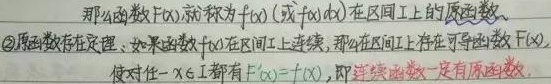
那么函数 \(F(x)\) 就称为 \(f(x)\)（或 \(f(x)dx\)）在区间 \(I\) 上的原函数。\textcircled{2} 原函数存在定理. 如果函数 \(f(x)\) 在区间 \(I\) 上连续，那么在区间 \(I\) 上存在可导函数 \(F(x)\)，使对任一 \(x\in I\) 都有 \(F'(x)=f(x)\)，即连续函数一定有原函数。